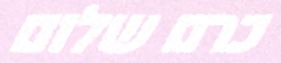
כרם שלום